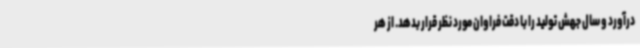
درآورد و سال جهش تولید را با دقت فراوان مورد نظر قرار بدهد. از هر